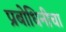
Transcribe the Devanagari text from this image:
प्रबोधिनीचा